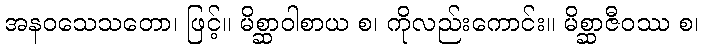
အနဝသေသတော၊ ဖြင့်။ မိစ္ဆာဝါစာယ စ၊ ကိုလည်းကောင်း။ မိစ္ဆာဇီဝဿ စ၊